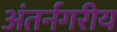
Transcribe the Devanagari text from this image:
अंतर्नगरीय